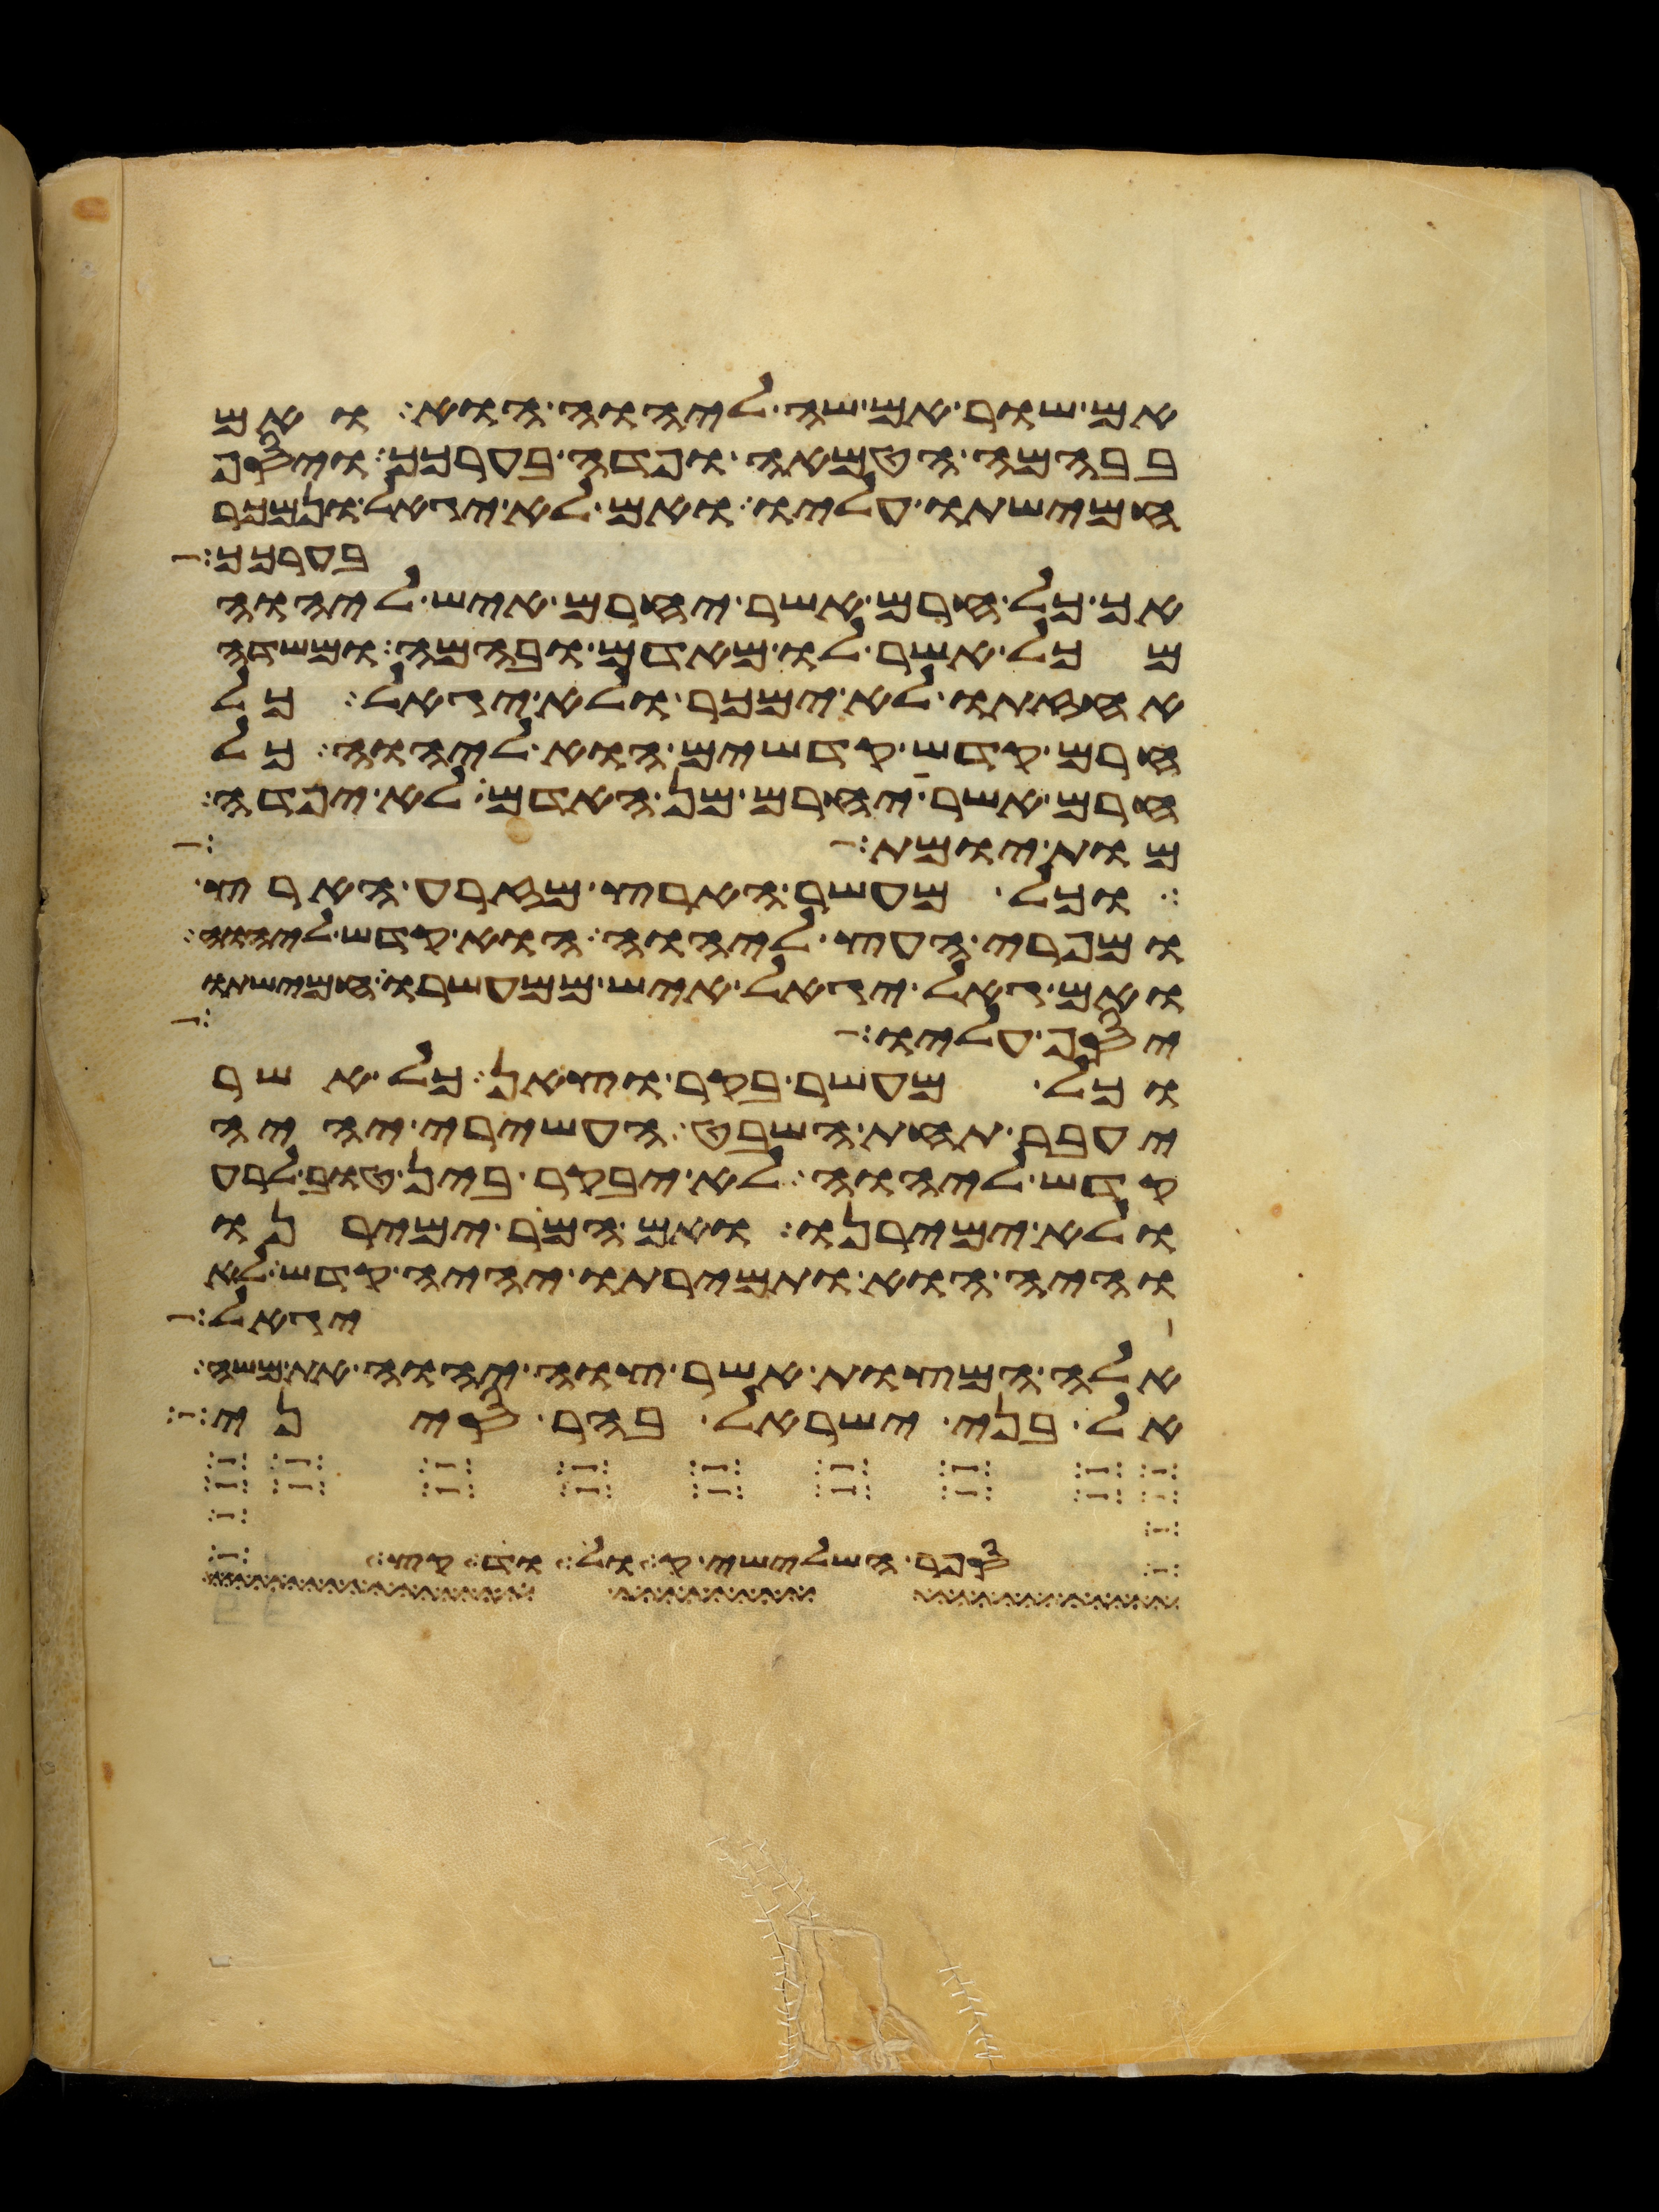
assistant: אם שור אם שה ליהוה הוא ואם
בבהמה הטמאה ופדה בערכך ויסף
חמישתו עליו ואם לא יגאל ונמכר
בערכך
אך כל חרם אשר יחרם איש ליהוה
מכל אשר לו מאדם ובהמה ומשדה
אחזתו לא ימכר ולא יגאל כל
חרם קדש קדשים הוא ליהוה כל
חרם אשר יחרם מן האדם לא יפדה
מות יומת
וכל מעשר הארץ מזרע הארץ
ומפרי העץ ליהוה הוא קדש ליהוה
ואם גאל יגאל איש ממעשרו חמישתו
יסף עליו
וכל מעשר בקר וצאן כל אשר
יעבר תחת השבט העשירי יהיה
קדש ליהוה לא יבקר בין טוב לרע
ולא ימירנו ואם המר ימירנו
והיה הוא ותמירתו יהיה קדש לא
יגאל
אלה המצות אשר צוה יהוה את משה
אל בני ישראל בהר סיני
הנהר השלישי הדקל הוא